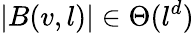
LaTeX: |B(v,l)|\in\Theta(l^{d})